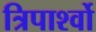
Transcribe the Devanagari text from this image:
त्रिपार्श्वो